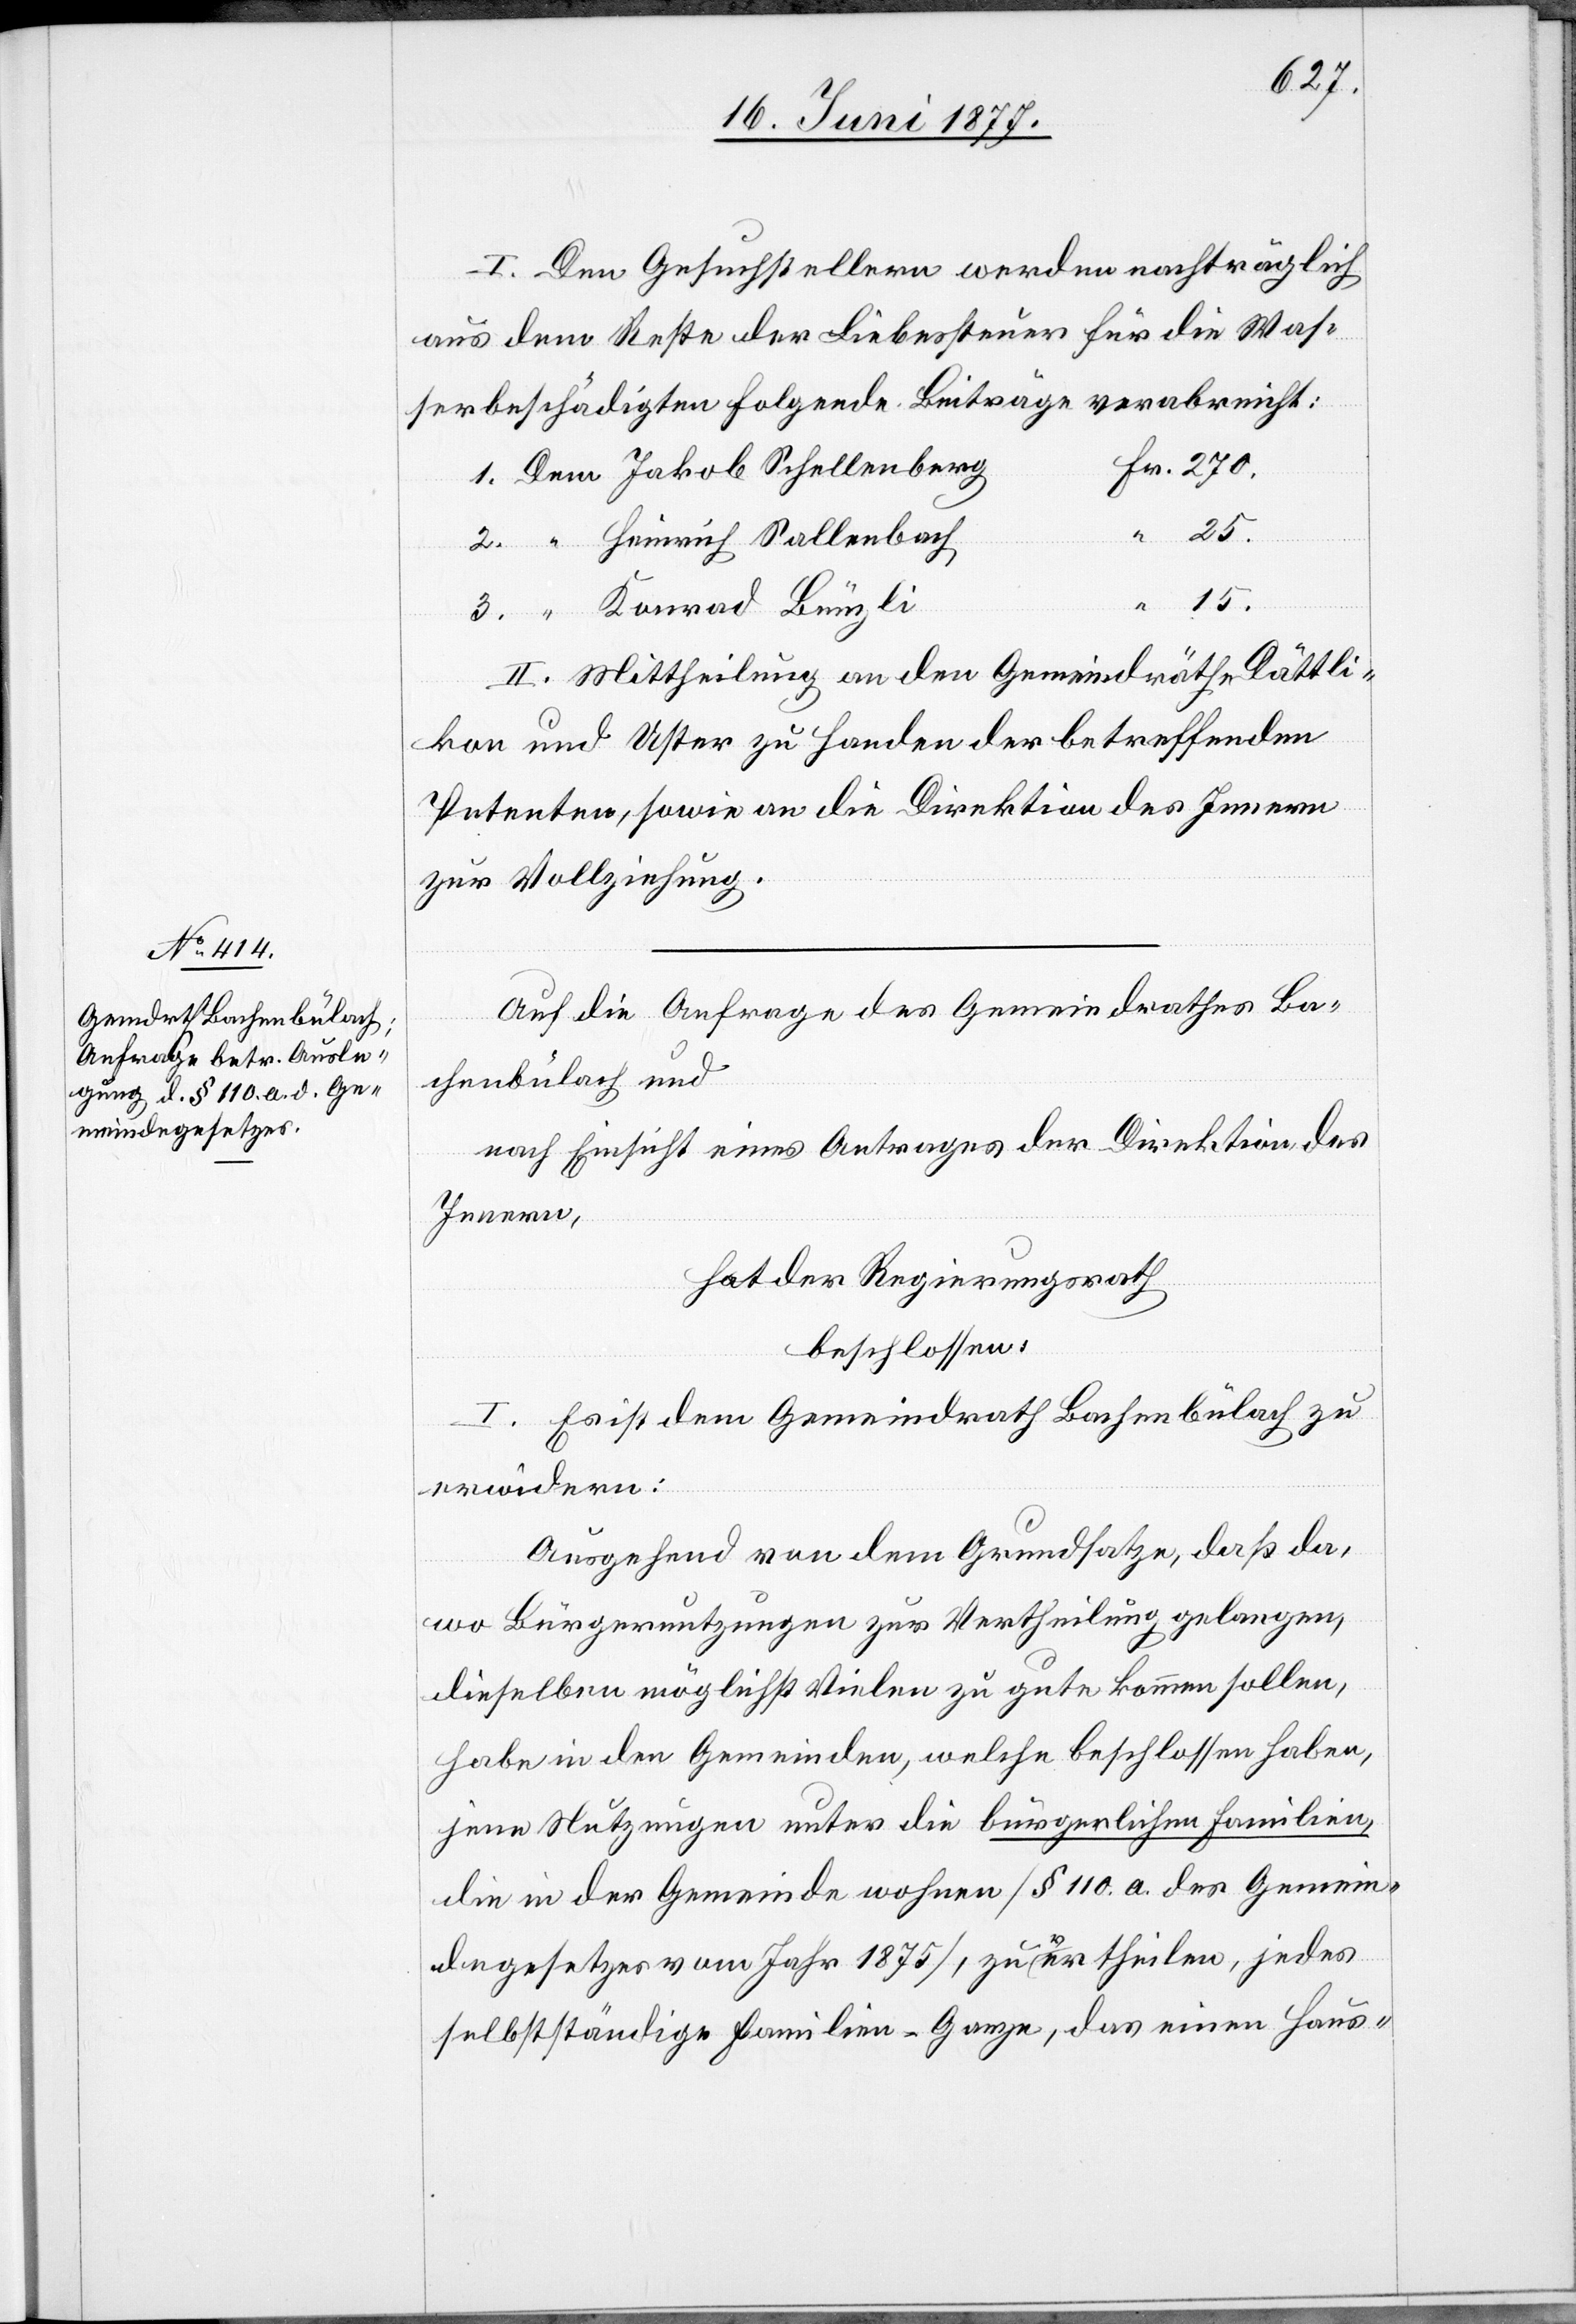
I. Den Gesuchstellern werden nachträglich
aus dem Reste der Liebessteuer für die Was¬
serbeschädigten folgende Beiträge verabreicht:
Heinrich Sallenbach
25.
15.
II. Mittheilung an den Gemeindräthe [sic!] Dättli¬
kon und Uster zu Handen der betreffenden
Petenten, sowie an die Direktion des Innern
zur Vollziehung.